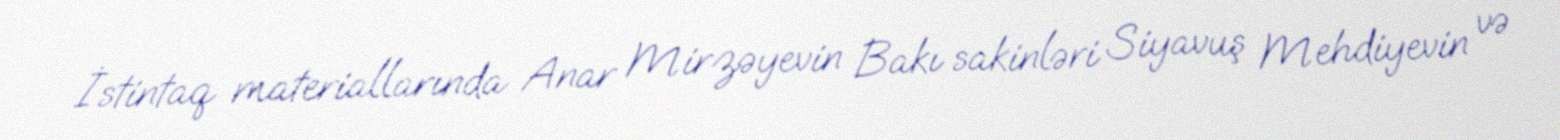
İstintaq materiallarında Anar Mirzəyevin Bakı sakinləri Siyavuş Mehdiyevin və